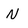
Character: N